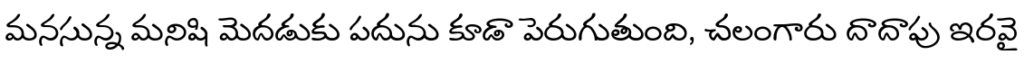
మనసున్న మనిషి మెదడుకు పదును కూడా పెరుగుతుంది, చలంగారు దాదాపు ఇరవై